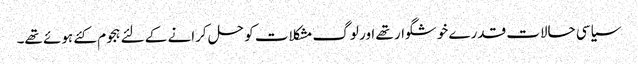
سیاسی حالات قدرے خوشگوار تھے اور لوگ مشکلات کو حل کرانے کے لئے ہجوم کئے ہوئے تھے۔